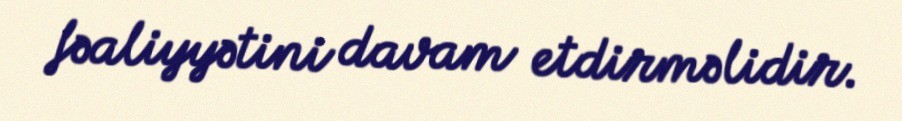
fəaliyyətini davam etdirməlidir.